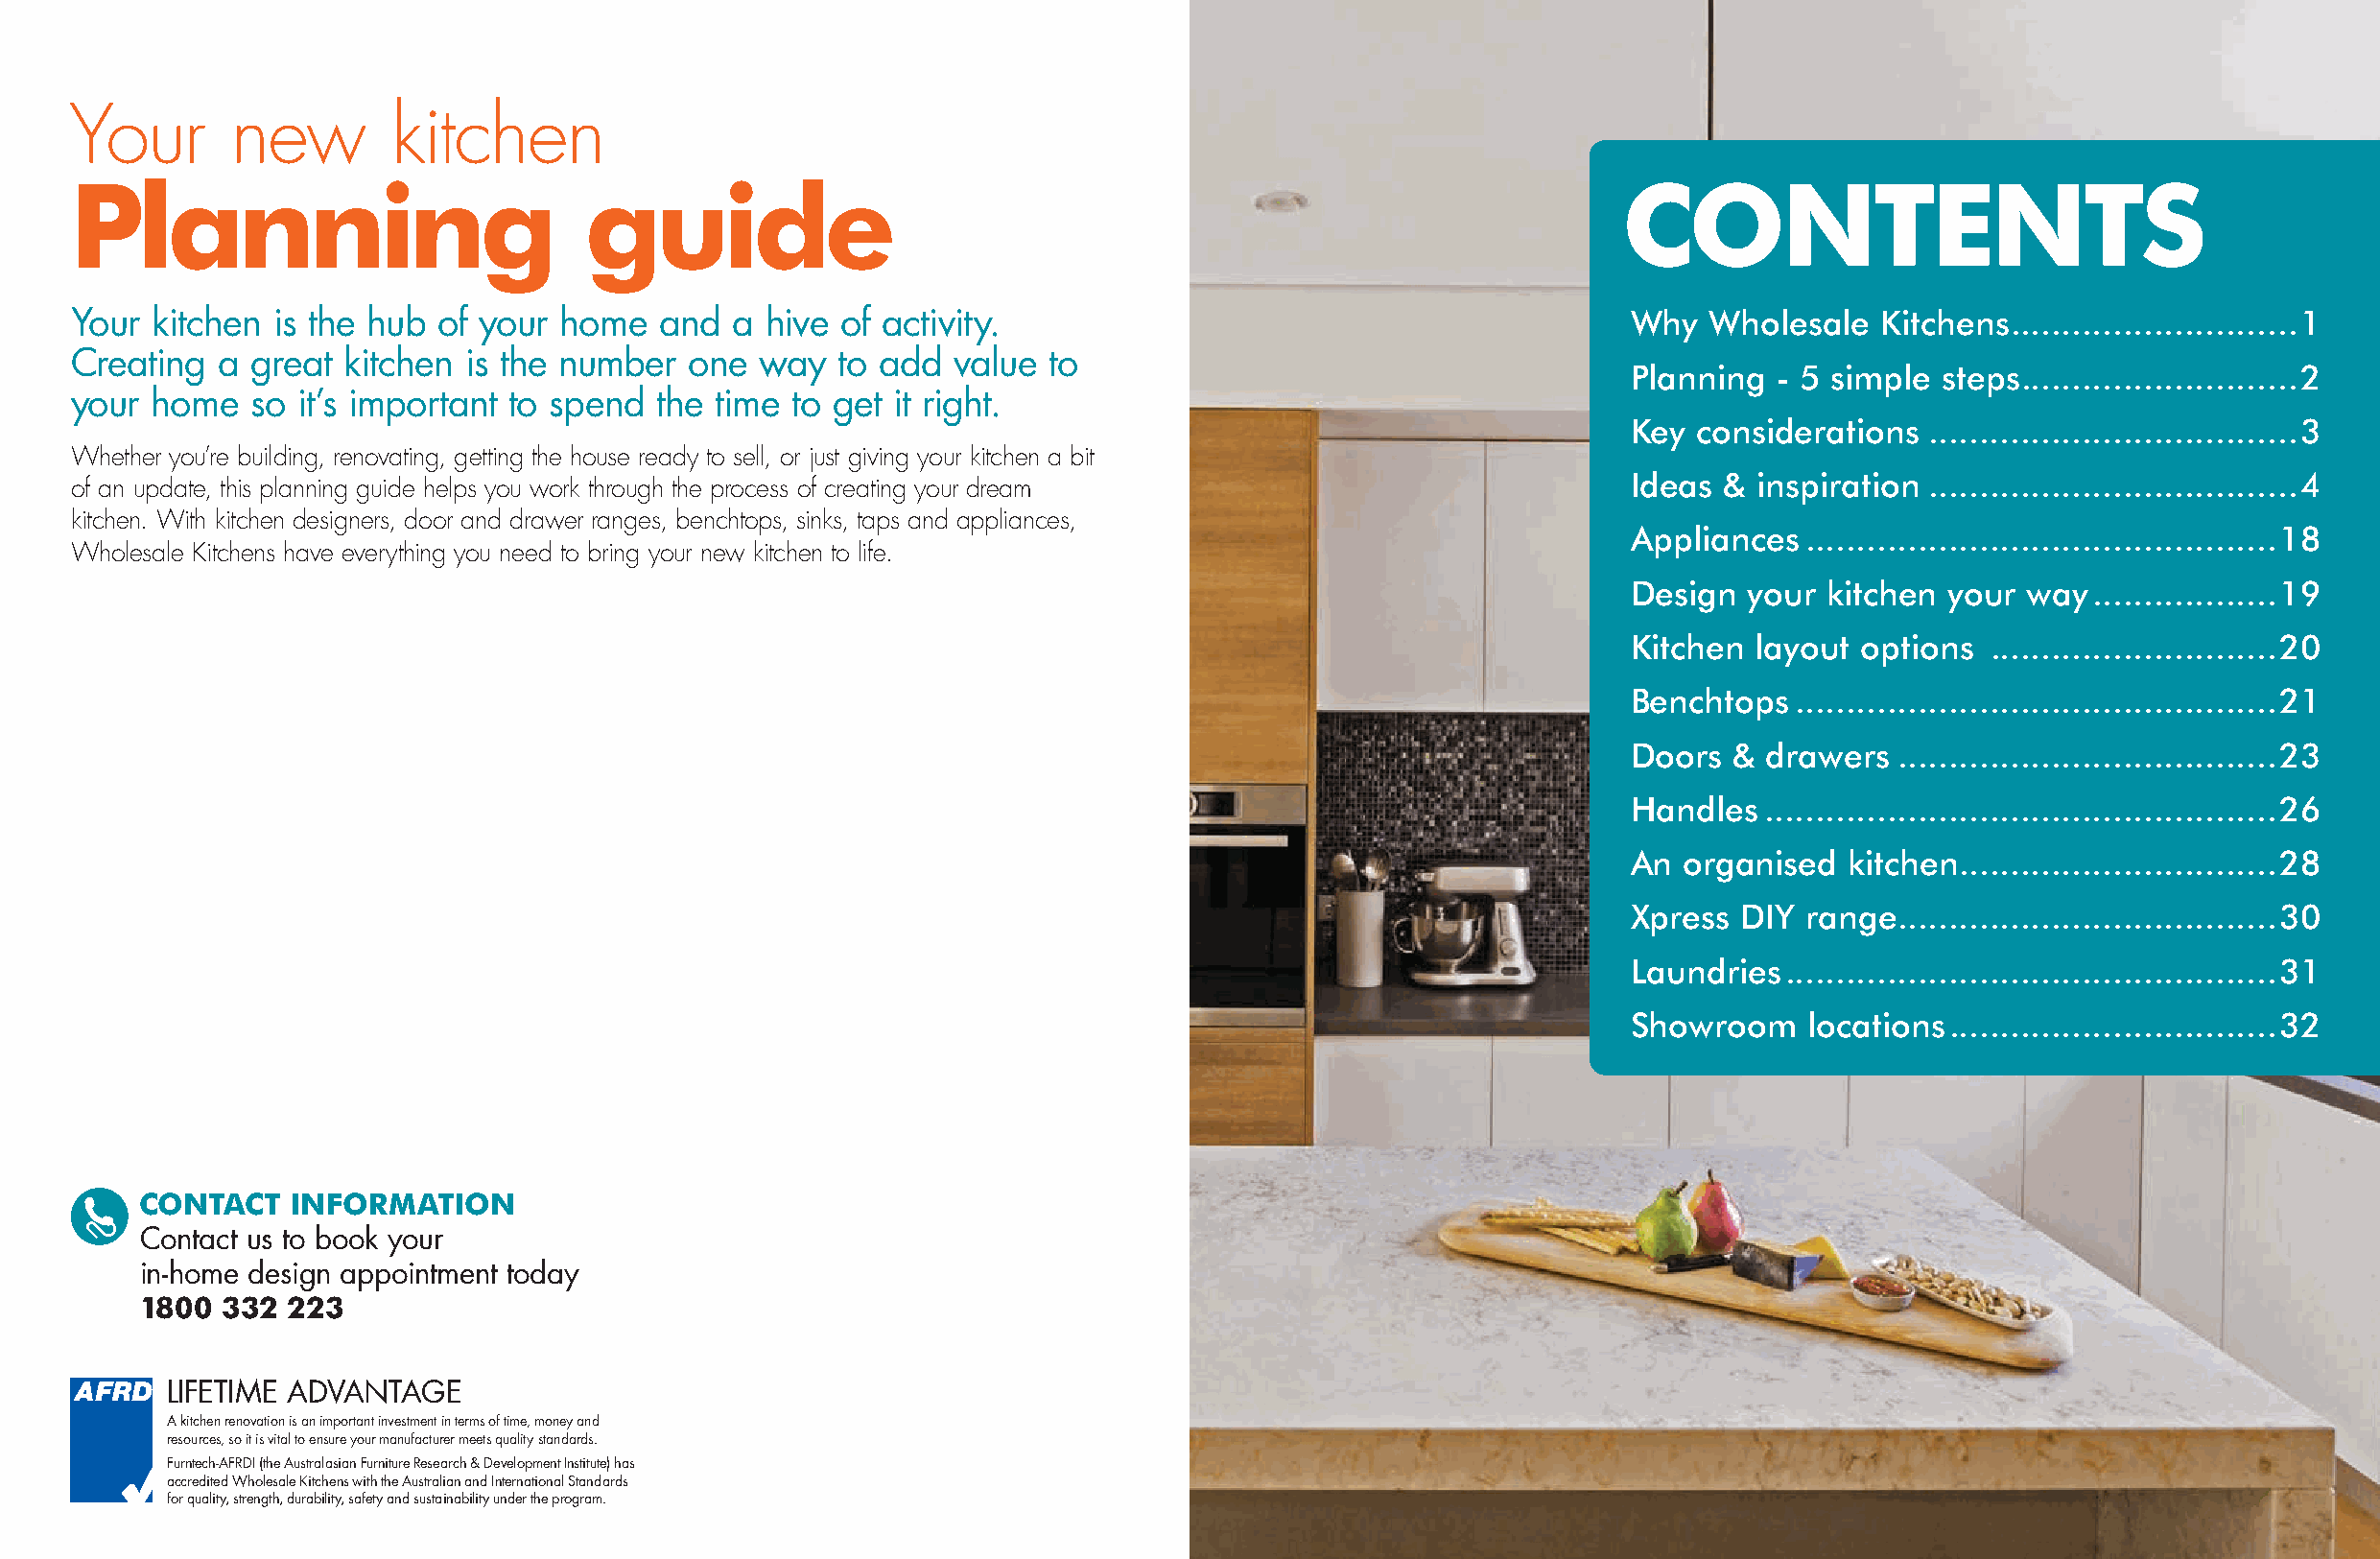
Your       new        kitchen
 Planning                           guide                                                                   CONTENTS
 Your  kitchen is the hub of your  home  and   a hive of activity.                                           Why  Wholesale   Kitchens ............................1
 Creating  a great  kitchen is the number   one way   to add  value to
 Planning  - 5 simple steps ...........................2
 your home   so  it’s important to spend the time  to get it right.
 Key considerations  ....................................3
 Whether you’re building, renovating, getting the house ready to sell, or just giving your kitchen a bit
 Ideas & inspiration ....................................4
 of an update, this planning guide helps you work through the process of creating your dream
 kitchen. With kitchen designers, door and drawer ranges, benchtops, sinks, taps and appliances,
 Appliances  ..............................................18
 Wholesale Kitchens have everything you need to bring your new kitchen to life.
 Design  your kitchen your  way ..................19
 Kitchen layout options  ............................20
 Benchtops  ...............................................21
 Doors  & drawers  .....................................23
 Handles  ..................................................26
 An organised   kitchen ...............................28
 Xpress DIY  range .....................................30
 Laundries ................................................31
 Showroom    locations ................................32
 CONTACT   INFORMATION
 Contact us to book your
 in-home design appointment today
 1800 332  223
 LIFETIME ADVANTAGE
 A kitchen renovation is an important investment in terms of time, money and
 resources, so it is vital to ensure your manufacturer meets quality standards.
 Furntech-AFRDI (the Australasian Furniture Research & Development Institute) has
 accredited Wholesale Kitchens with the Australian and International Standards
 for quality, strength, durability, safety and sustainability under the program.